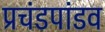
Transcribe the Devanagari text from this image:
प्रचंडपांडव